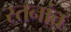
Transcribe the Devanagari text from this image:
स्तनांत